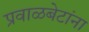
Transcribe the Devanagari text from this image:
प्रवाळबेटांना